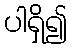
ပါရှိ၍